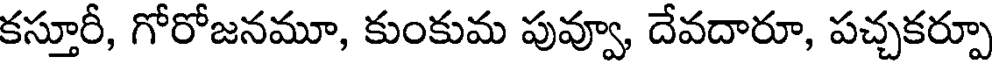
కస్తూరీ, గోరోజనమూ, కుంకుమ పువ్వూ, దేవదారూ, పచ్చకర్పూ